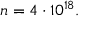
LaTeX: n = 4 \cdot 1 0 ^ { 1 8 } .